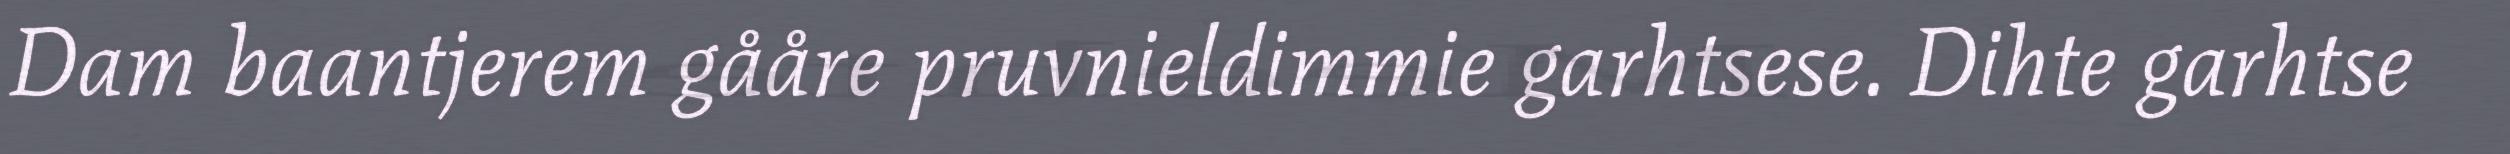
Dam baantjerem gååre pruvnieldimmie garhtsese. Dihte garhtse